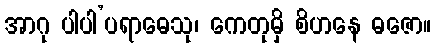
အာဂု ပါပါ’ပရာဓေသု၊ ကေတုမှိ စိဟနေ ဓဇော။